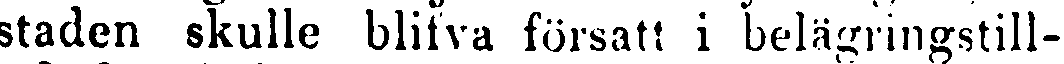
staden skulle blifva försatt i belägringstill-